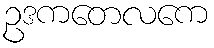
ဥဒကတေလကေ